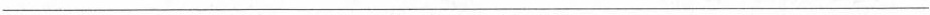
___